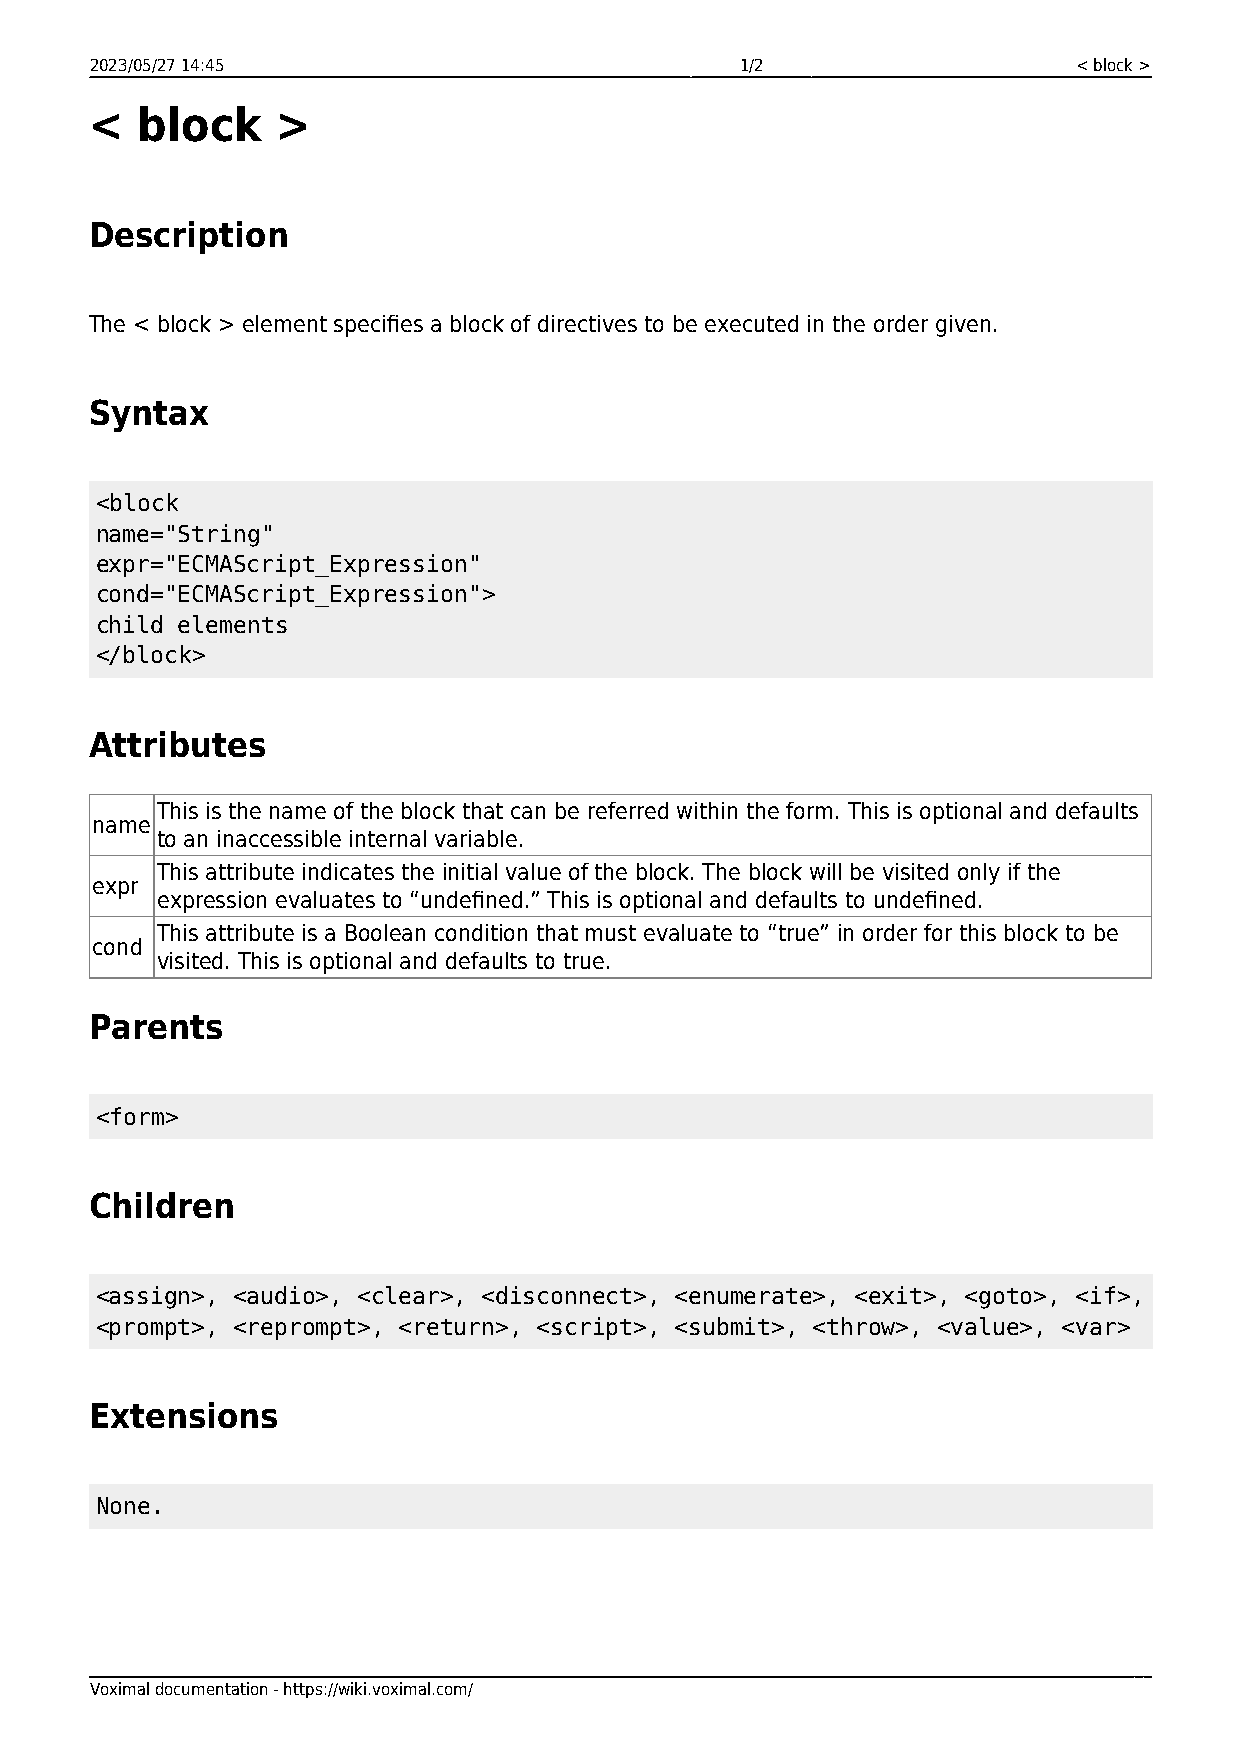
2023/05/27 14:45                           1/2                   < block >
 <  block    >
 Description
 The < block > element specifies a block of directives to be executed in the order given.
 Syntax
 <block
 name="String"
 expr="ECMAScript_Expression"
 cond="ECMAScript_Expression">
 child elements
 </block>
 Attributes
 This is the name of the block that can be referred within the form. This is optional and defaults
 name
 to an inaccessible internal variable.
 This attribute indicates the initial value of the block. The block will be visited only if the
 expr
 expression evaluates to “undefined.” This is optional and defaults to undefined.
 This attribute is a Boolean condition that must evaluate to “true” in order for this block to be
 cond
 visited. This is optional and defaults to true.
 Parents
 <form>
 Children
 <assign>, <audio>, <clear>, <disconnect>, <enumerate>, <exit>, <goto>, <if>,
 <prompt>, <reprompt>, <return>, <script>, <submit>, <throw>, <value>, <var>
 Extensions
 None.
 Voximal documentation - https://wiki.voximal.com/